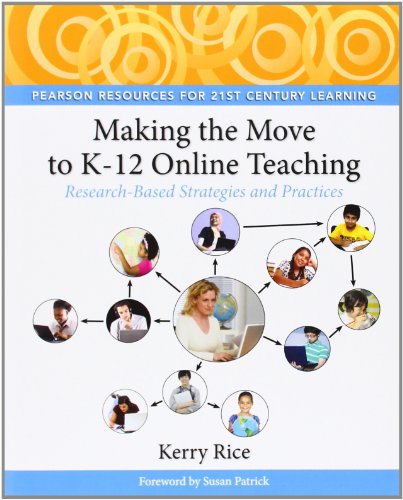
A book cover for Making the Move to K-12 Online Teaching: Research-Based Strategies and Practices; Kerry Rice; Education & Teaching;